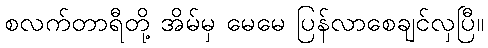
စလက်တာရီတို့ အိမ်မှ မေမေ ပြန်လာစေချင်လှပြီ။